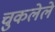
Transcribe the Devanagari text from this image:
चुकलेले